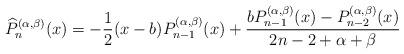
LaTeX: \begin{align*}\widehat{P} _{n}^{(\alpha , \beta )}(x)=-\frac{1}{2}(x-b)P_{n-1}^{(\alpha , \beta )}(x)+\frac{b P _{n-1}^{(\alpha , \beta )}(x)-P _{n-2}^{(\alpha , \beta )}(x) }{2n-2+\alpha+\beta}\end{align*}